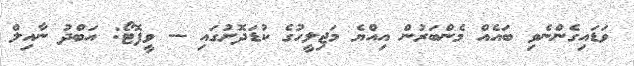
ވަޑައިގެންނެވި ބައެއް މެންބަރުން އިއްޔެ މަޖިލީހުގެ ކުޑަދޮށުގައި -- ވީފޮޓޯ: އަބްދު ނާއިލް